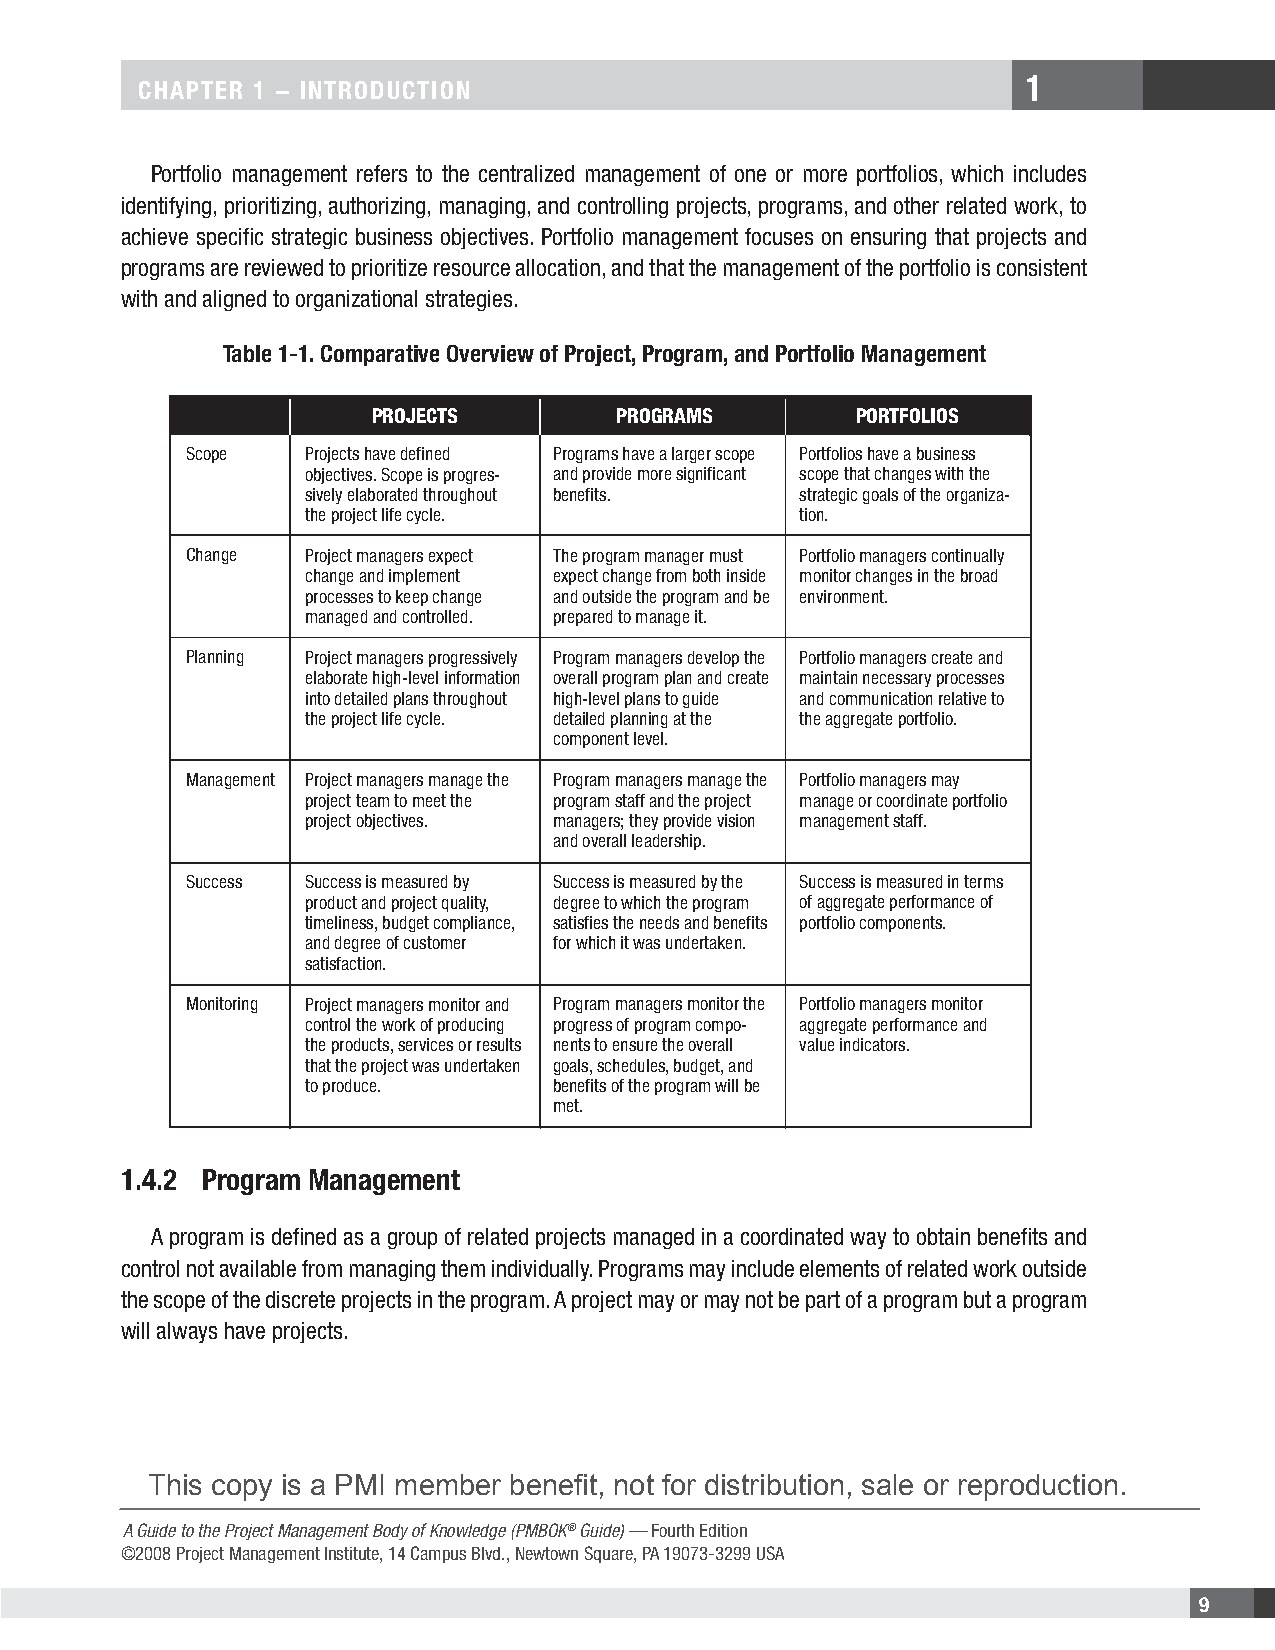
1
 CHAPTER 1 − INTRODUCTION
 Portfolio management refers to the centralized management of one or more portfolios, which includes
 identifying, prioritizing, authorizing, managing, and controlling projects, programs, and other related work, to
 achieve specific strategic business objectives. Portfolio management focuses on ensuring that projects and
 programs are reviewed to prioritize resource allocation, and that the management of the portfolio is consistent
 with and aligned to organizational strategies.
 Table 1-1. Comparative Overview of Project, Program, and Portfolio Management
 PROJECTS        PROGRAMS        PORTFOLIOS
 Scope   Projects have defined Programs have a larger scope Portfolios have a business
 objectives. Scope is progres- and provide more significant scope that changes with the
 sively elaborated throughout benefits. strategic goals of the organiza-
 the project life cycle.          tion.
 Change  Project managers expect The program manager must Portfolio managers continually
 change and implement expect change from both inside monitor changes in the broad
 processes to keep change and outside the program and be environment.
 managed and controlled. prepared to manage it.
 Planning Project managers progressively Program managers develop the Portfolio managers create and
 elaborate high-level information overall program plan and create maintain necessary processes
 into detailed plans throughout high-level plans to guide and communication relative to
 the project life cycle. detailed planning at the the aggregate portfolio.
 component level.
 Management Project managers manage the Program managers manage the Portfolio managers may
 project team to meet the program staff and the project manage or coordinate portfolio
 project objectives. managers; they provide vision management staff.
 and overall leadership.
 Success Success is measured by Success is measured by the Success is measured in terms
 product and project quality, degree to which the program of aggregate performance of
 timeliness, budget compliance, satisfies the needs and benefits portfolio components.
 and degree of customer for which it was undertaken.
 satisfaction.
 Monitoring Project managers monitor and Program managers monitor the Portfolio managers monitor
 control the work of producing progress of program compo- aggregate performance and
 the products, services or results nents to ensure the overall value indicators.
 that the project was undertaken goals, schedules, budget, and
 to produce.      benefits of the program will be
 met.
 1.4.2 Program Management
 A program is defined as a group of related projects managed in a coordinated way to obtain benefits and
 control not available from managing them individually. Programs may include elements of related work outside
 the scope of the discrete projects in the program. A project may or may not be part of a program but a program
 will always have projects.
 This copy is a PMI member benefit, not for distribution, sale or reproduction.
 A Guide to the Project Management Body of Knowledge (PMBOK® Guide) — Fourth Edition
 ©2008 Project Management Institute, 14 Campus Blvd., Newtown Square, PA 19073-3299 USA
 9